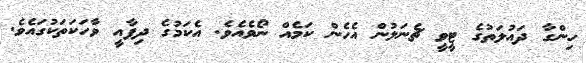
ހިންގާ ދައުލަތުގެ ޓީވީ ޗެނަލުން އެހެން ކަމެއް ނޯވެއެވެ. އެކަމުގެ ދިފާއީ ވާހަކަތަކުގައެވެ.